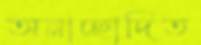
অনাচ্ছাদিত